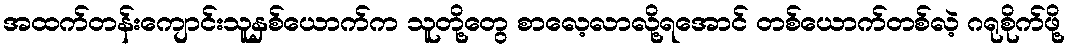
အထက်တန်းကျောင်းသူနှစ်ယောက်က သူတို့တွေ စာလေ့လာလို့ရအောင် တစ်ယောက်တစ်လဲ့ ဂရုစိုက်ဖို့